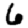
Digit: 6